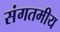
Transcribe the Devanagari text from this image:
संगतमीय